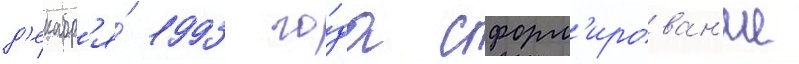
д'екабр'я́ 1993 го́да сформ'ирован'ие